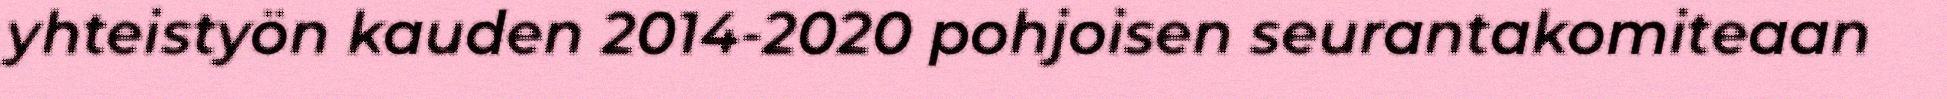
yhteistyön kauden 2014-2020 pohjoisen seurantakomiteaan